Report of the veterinary officer investigating camel disease
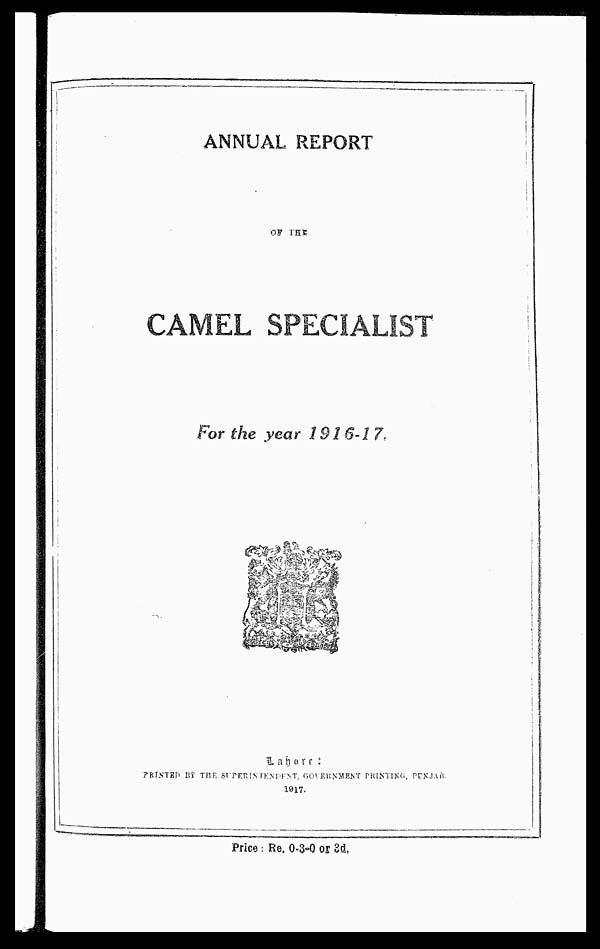
ANNUAL REPORT
OF THE
CAMEL SPECIALIST
For the year 1916-17.
Lahore :
PRINTED BY THE SUPERITENDENT
GOVERNMENT
PRINTED,
PUNJAB.
1917.
Price : Re. 0.3-0 or 3d.